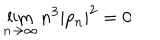
LaTeX: \lim _ { n \rightarrow \infty } n ^ { 3 } | p _ { n } | ^ { 2 } = 0